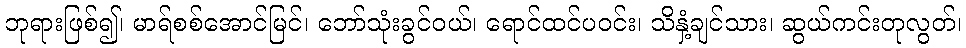
ဘုရားဖြစ်၍၊ မာရ်စစ်အောင်မြင်၊ ဘော်သုံးခွင်ဝယ်၊ ရောင်ထင်ပဝင်း၊ သိနှံ့ချင်သား၊ ဆွယ်ကင်းတုလွတ်၊